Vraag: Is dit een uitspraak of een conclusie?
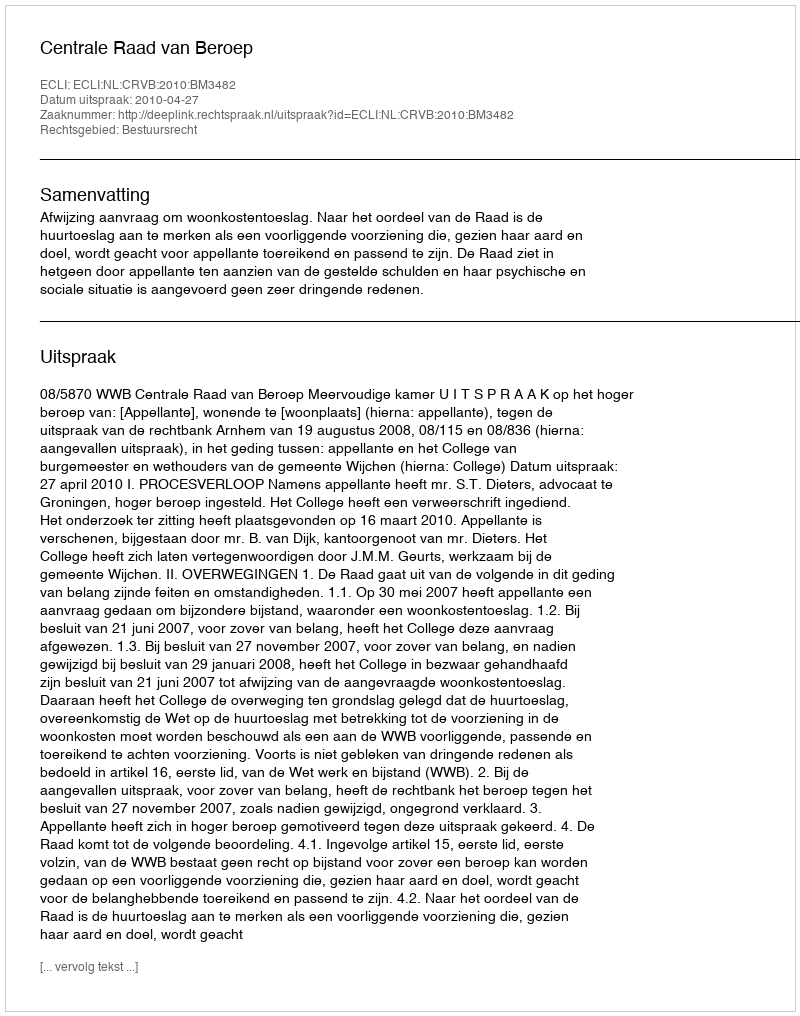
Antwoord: Uitspraak